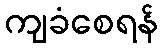
ကျခံစေရန်